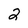
Character: 2